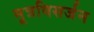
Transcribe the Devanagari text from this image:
मूत्रविसर्जन